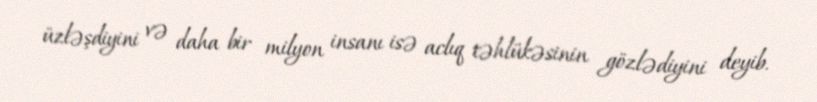
üzləşdiyini və daha bir milyon insanı isə aclıq təhlükəsinin gözlədiyini deyib.